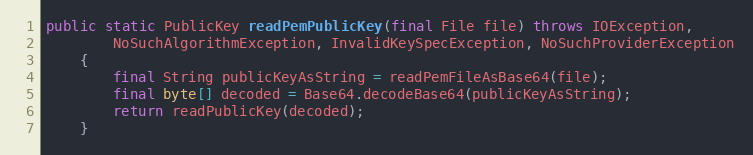
Language: Java
public static PublicKey readPemPublicKey(final File file) throws IOException,
		NoSuchAlgorithmException, InvalidKeySpecException, NoSuchProviderException
	{
		final String publicKeyAsString = readPemFileAsBase64(file);
		final byte[] decoded = Base64.decodeBase64(publicKeyAsString);
		return readPublicKey(decoded);
	}